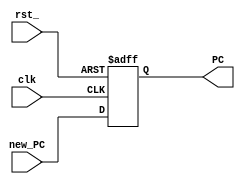
module PC (
    input wire [7:0] new_PC,
    output reg [7:0] PC,
    input wire clk,
    input wire rst_
);

    always @(posedge clk, negedge rst_) begin
        if (rst_ == 1'b0)
            PC <= 0;
        else
            PC <= new_PC;
    end
    
endmodule